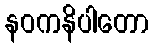
နဝကနိပါတော